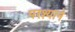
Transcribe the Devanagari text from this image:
परश्याने